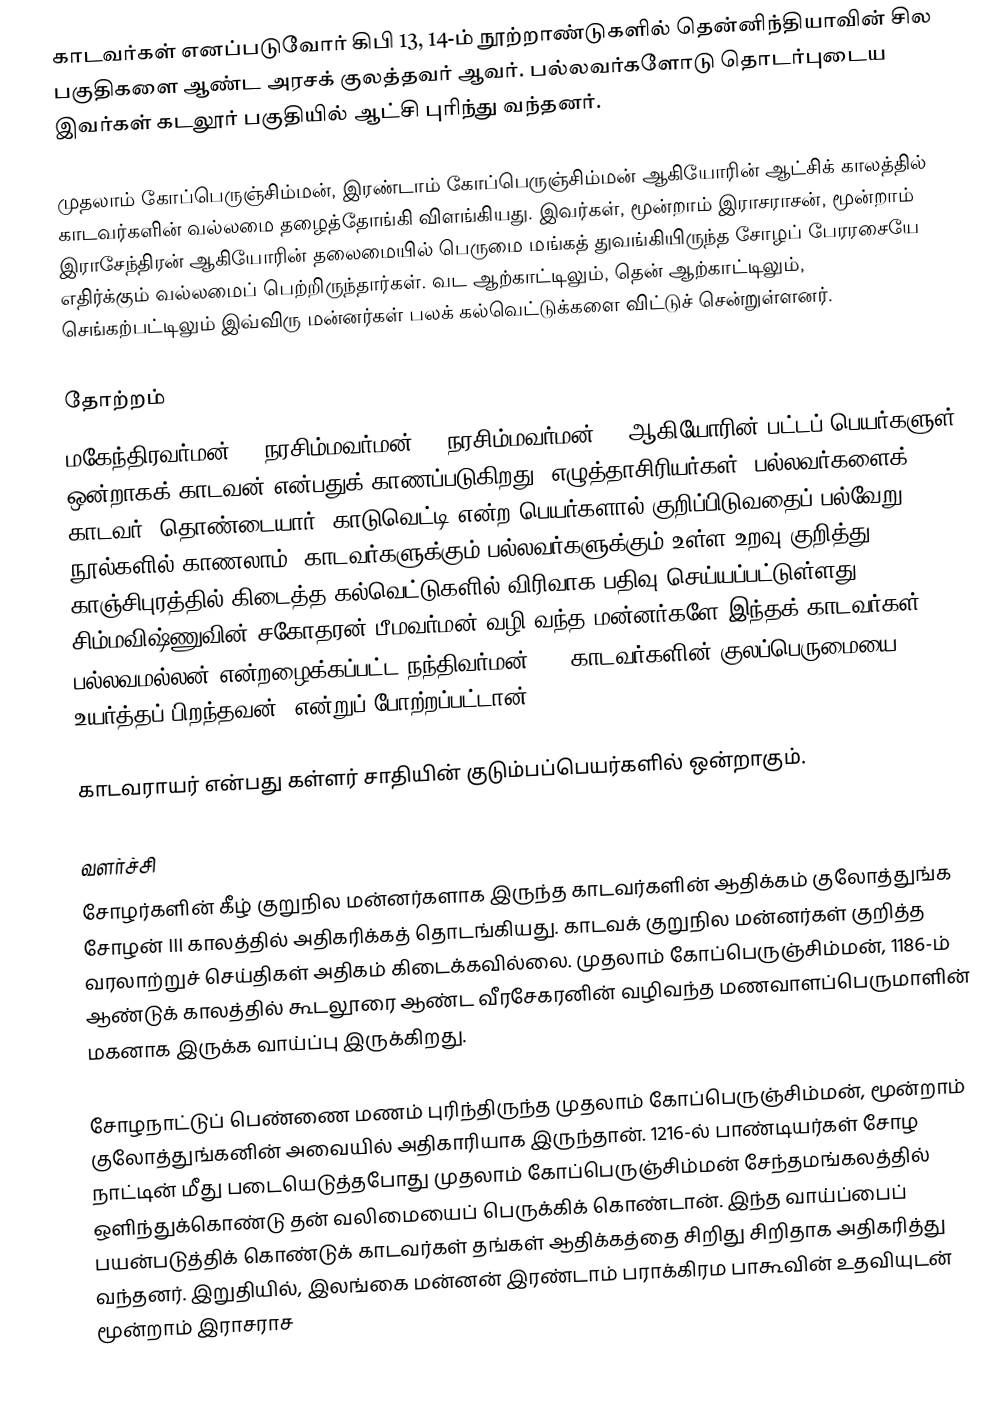
காடவர்கள் எனப்படுவோர் கிபி 13, 14-ம் நூற்றாண்டுகளில் தென்னிந்தியாவின் சில பகுதிகளை ஆண்ட அரசக் குலத்தவர் ஆவர். பல்லவர்களோடு தொடர்புடைய இவர்கள் கடலூர் பகுதியில் ஆட்சி புரிந்து வந்தனர்.

முதலாம் கோப்பெருஞ்சிம்மன், இரண்டாம் கோப்பெருஞ்சிம்மன் ஆகியோரின் ஆட்சிக் காலத்தில் காடவர்களின் வல்லமை தழைத்தோங்கி விளங்கியது. இவர்கள், மூன்றாம் இராசராசன், மூன்றாம் இராசேந்திரன் ஆகியோரின் தலைமையில் பெருமை மங்கத் துவங்கியிருந்த சோழப் பேரரசையே எதிர்க்கும் வல்லமைப் பெற்றிருந்தார்கள். வட ஆற்காட்டிலும், தென் ஆற்காட்டிலும், செங்கற்பட்டிலும் இவ்விரு மன்னர்கள் பலக் கல்வெட்டுக்களை விட்டுச் சென்றுள்ளனர்.

தோற்றம்
மகேந்திரவர்மன் I, நரசிம்மவர்மன் I, நரசிம்மவர்மன் II ஆகியோரின் பட்டப் பெயர்களுள் ஒன்றாகக் காடவன் என்பதுக் காணப்படுகிறது. எழுத்தாசிரியர்கள், பல்லவர்களைக் காடவர், தொண்டையார், காடுவெட்டி என்ற பெயர்களால் குறிப்பிடுவதைப் பல்வேறு நூல்களில் காணலாம். காடவர்களுக்கும் பல்லவர்களுக்கும் உள்ள உறவு குறித்து காஞ்சிபுரத்தில் கிடைத்த கல்வெட்டுகளில் விரிவாக பதிவு செய்யப்பட்டுள்ளது. சிம்மவிஷ்ணுவின் சகோதரன் பீமவர்மன் வழி வந்த மன்னர்களே இந்தக் காடவர்கள். பல்லவமல்லன் என்றழைக்கப்பட்ட நந்திவர்மன் II 'காடவர்களின் குலப்பெருமையை உயர்த்தப் பிறந்தவன்' என்றுப் போற்றப்பட்டான்.

காடவராயர் என்பது கள்ளர் சாதியின் குடும்பப்பெயர்களில் ஒன்றாகும்.

வளர்ச்சி
சோழர்களின் கீழ் குறுநில மன்னர்களாக இருந்த காடவர்களின் ஆதிக்கம் குலோத்துங்க சோழன் III காலத்தில் அதிகரிக்கத் தொடங்கியது. காடவக் குறுநில மன்னர்கள் குறித்த வரலாற்றுச் செய்திகள் அதிகம் கிடைக்கவில்லை. முதலாம் கோப்பெருஞ்சிம்மன், 1186-ம் ஆண்டுக் காலத்தில் கூடலூரை ஆண்ட வீரசேகரனின் வழிவந்த மணவாளப்பெருமாளின் மகனாக இருக்க வாய்ப்பு இருக்கிறது.

சோழநாட்டுப் பெண்ணை மணம் புரிந்திருந்த முதலாம் கோப்பெருஞ்சிம்மன், மூன்றாம் குலோத்துங்கனின் அவையில் அதிகாரியாக இருந்தான். 1216-ல் பாண்டியர்கள் சோழ நாட்டின் மீது படையெடுத்தபோது முதலாம் கோப்பெருஞ்சிம்மன் சேந்தமங்கலத்தில் ஒளிந்துக்கொண்டு தன் வலிமையைப் பெருக்கிக் கொண்டான். இந்த வாய்ப்பைப் பயன்படுத்திக் கொண்டுக் காடவர்கள் தங்கள் ஆதிக்கத்தை சிறிது சிறிதாக அதிகரித்து வந்தனர். இறுதியில், இலங்கை மன்னன் இரண்டாம் பராக்கிரம பாகூவின் உதவியுடன் மூன்றாம் இராசராச